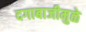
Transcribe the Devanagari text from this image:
दगाबाजीमुळे